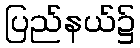
ပြည်နယ်၌